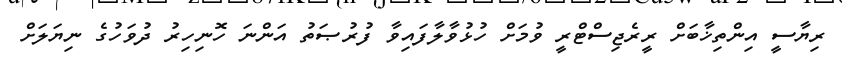
ރިޔާސީ އިންތިޚާބަށް ރީރެޖިސްޓްރީ ވުމަށް ހުޅުވާލާފައިވާ ފުރުޞަތު އަންނަ ހޮނިހިރު ދުވަހުގެ ނިޔަލަށް